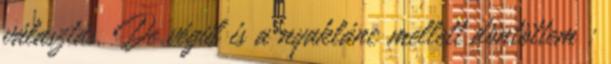
választás. De végül is a nyaklánc mellett döntöttem :